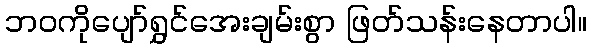
ဘဝကိုပျော်ရွှင်အေးချမ်းစွာ ဖြတ်သန်းနေတာပါ။